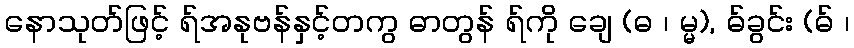
နောသုတ်ဖြင့် ရ်အနုဗန်နှင့်တကွ ဓာတွန် ရ်ကို ချေ (ဓ ၊ မ္မ), ဓ်ခွင်း (ဓ် ၊